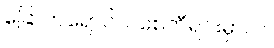
ခြောက်ရောင်ဝါ စေတီရင်းမှာလ၊